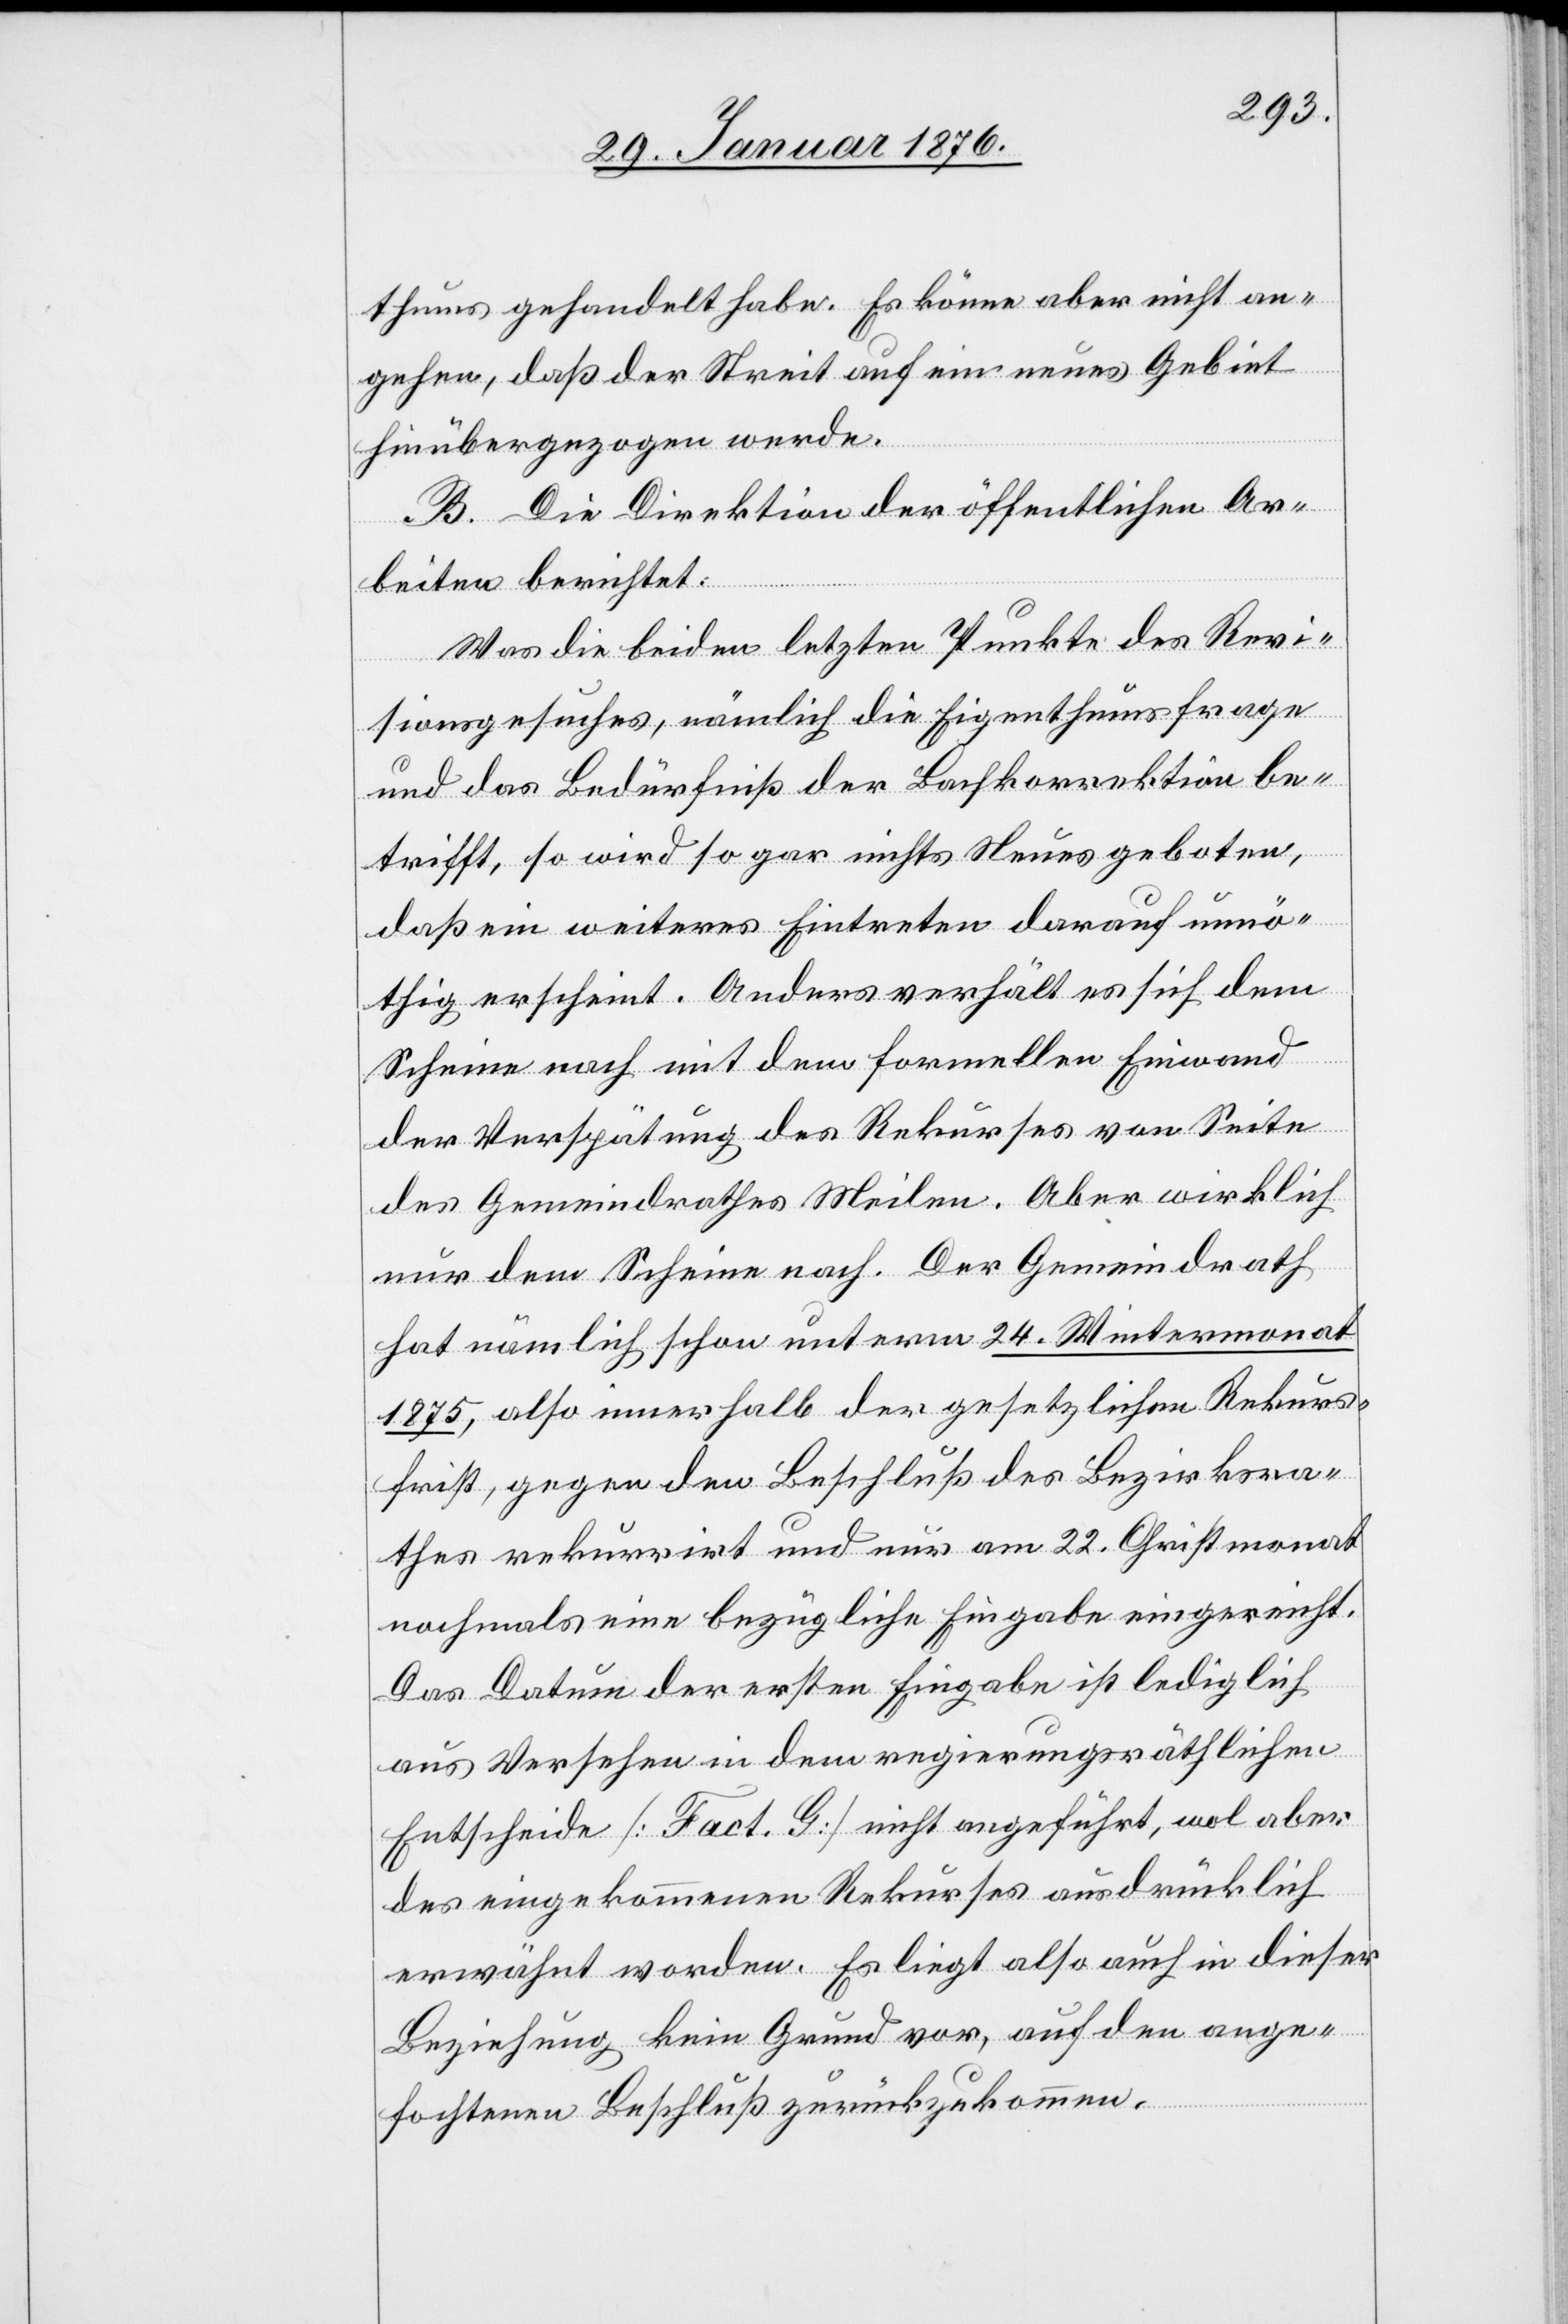
thums gehandelt habe. Es könne aber nicht an¬
gehen, daß der Streit auf ein neues Gebiet
hinübergezogen werde.
B. Die Direktion der öffentlichen Ar¬
beiten berichtet:
Was die beiden letzten Punkte des Revi¬
sionsgesuches, nämlich die Eigenthumsfrage
und das Bedürfniß der Bachkorrektion be¬
trifft, so wird so gar nichts Neues geboten,
daß ein weiteres Eintreten darauf unnö¬
thig erscheint. Anders verhält es sich dem
Scheine nach mit dem formellen Einwand
der Verspätung des Rekurses von Seite
des Gemeindrathes Meilen. Aber wirklich
nur dem Scheine nach. Der Gemeindrath
hat nämlich schon unterm 24. Wintermonat
1875, also innerhalb der gesetzlichen Rekurs¬
frist, gegen den Beschluß des Bezirksra¬
thes rekurrirt und nur am 22. Christmonat
nochmals eine bezügliche Eingabe eingereicht.
Das Datum der ersten Eingabe ist lediglich
aus Versehen in dem regierungsräthlichen
Entscheide [Fact. G] nicht angeführt, wol aber
des eingekommenen Rekurses ausdrücklich
erwähnt worden. Es liegt also auch in dieser
Beziehung kein Grund vor, auf den ange¬
fochtenen Beschluß zurückzukommen.